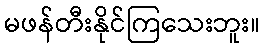
မဖန်တီးနိုင်ကြသေးဘူး။